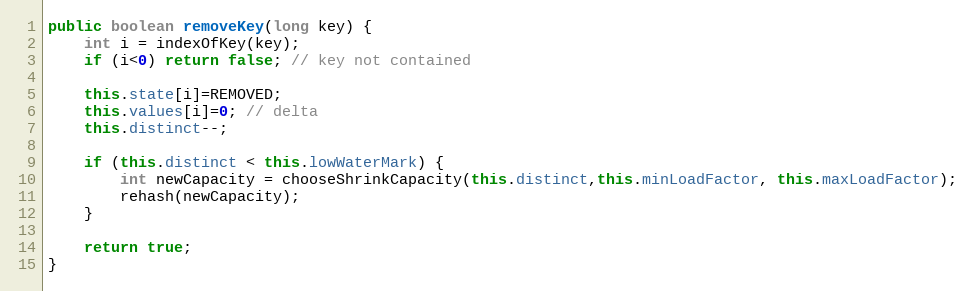
Language: Java
public boolean removeKey(long key) {
	int i = indexOfKey(key);
	if (i<0) return false; // key not contained

	this.state[i]=REMOVED;
	this.values[i]=0; // delta
	this.distinct--;

	if (this.distinct < this.lowWaterMark) {
		int newCapacity = chooseShrinkCapacity(this.distinct,this.minLoadFactor, this.maxLoadFactor);
		rehash(newCapacity);
	}

	return true;
}